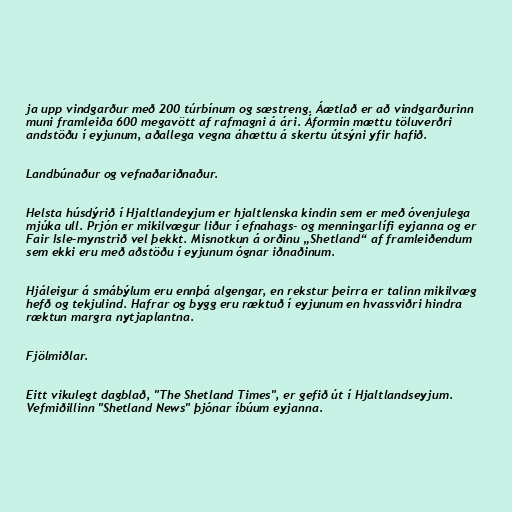
ja upp vindgarður með 200 túrbínum og sæstreng. Áætlað er að vindgarðurinn
muni framleiða 600 megavött af rafmagni á ári. Áformin mættu töluverðri
andstöðu í eyjunum, aðallega vegna áhættu á skertu útsýni yfir hafið.

Landbúnaður og vefnaðariðnaður.

Helsta húsdýrið í Hjaltlandeyjum er hjaltlenska kindin sem er með óvenjulega
mjúka ull. Prjón er mikilvægur liður í efnahags- og menningarlífi eyjanna og er
Fair Isle-mynstrið vel þekkt. Misnotkun á orðinu „Shetland“ af framleiðendum
sem ekki eru með aðstöðu í eyjunum ógnar iðnaðinum.

Hjáleigur á smábýlum eru ennþá algengar, en rekstur þeirra er talinn mikilvæg
hefð og tekjulind. Hafrar og bygg eru ræktuð í eyjunum en hvassviðri hindra
ræktun margra nytjaplantna.

Fjölmiðlar.

Eitt vikulegt dagblað, "The Shetland Times", er gefið út í Hjaltlandseyjum.
Vefmiðillinn "Shetland News" þjónar íbúum eyjanna.